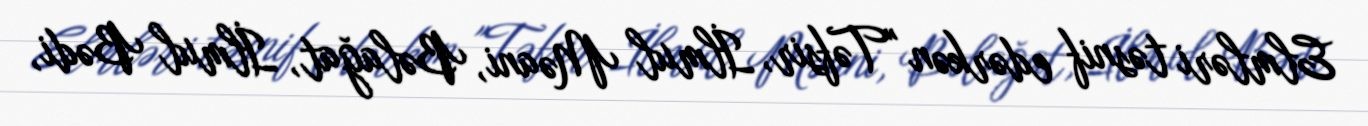
Elmləri təsnif edərkən "Təfsir, İlmul Məani, Bəlağat, İlmul Bədi,